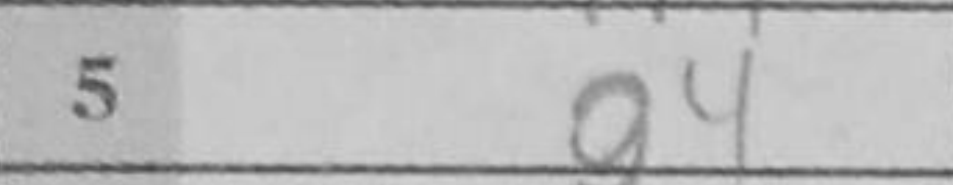
Transcription: g4